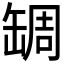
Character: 𦈺